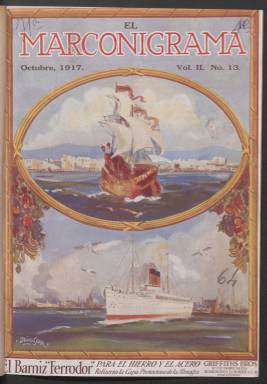
Título: El Marconigrama (Londres)
Ámbito geográfico: Gran Bretaña
Lugar de publicación: Londres
Fechas: 01/10/1917-01/08/1918